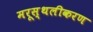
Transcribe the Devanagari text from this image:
मरूस्थलीकरण